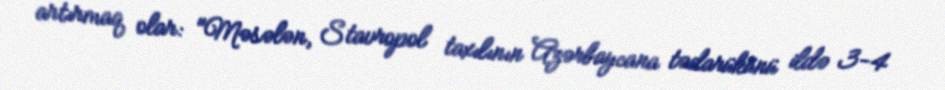
artırmaq olar: "Məsələn, Stavropol taxılının Azərbaycana tədarükünü ildə 3-4